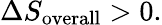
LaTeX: \Delta S_{\mathrm{overall}}>0.